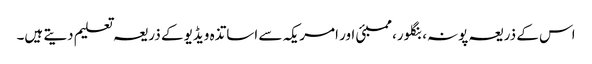
اس کے ذریعہ پونہ، بنگلور، ممبئی اور امریکہ سے اساتذہ ویڈیو کے ذریعہ تعلیم دیتے ہیں۔